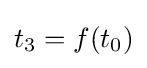
t_{3}=f(t_{0})